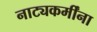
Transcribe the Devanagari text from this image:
नाट्यकर्मींना